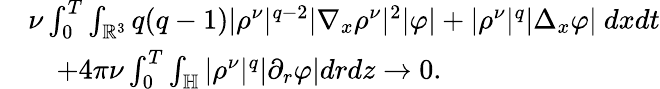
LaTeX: \begin{array}{rl}&{\nu\int_{0}^{T}\int_{\mathbb{R}^{3}}q(q-1)|\rho^{\nu}|^{q-2}|\nabla_{x}\rho^{\nu}|^{2}|\varphi|+|\rho^{\nu}|^{q}|\Delta_{x}\varphi|~dxdt}\\ &{\quad+4\pi\nu\int_{0}^{T}\int_{\mathbb{H}}|\rho^{\nu}|^{q}|\partial_{r}\varphi|drdz\to 0.}\end{array}